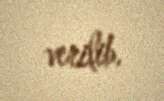
verilib.